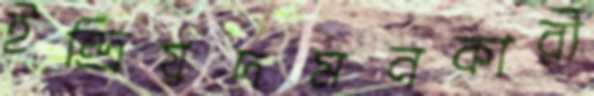
ইন্দ্রিয়দমনকারী